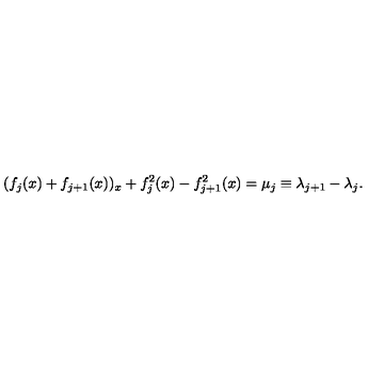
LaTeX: ( f _ { j } ( x ) + f _ { j + 1 } ( x ) ) _ { x } + f _ { j } ^ { 2 } ( x ) - f _ { j + 1 } ^ { 2 } ( x ) = \mu _ { j } \equiv \lambda _ { j + 1 } - \lambda _ { j } .